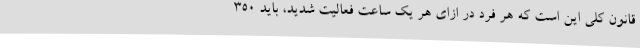
قانون کلی این است که هر فرد در ازای هر یک ساعت فعالیت شدید، باید 350